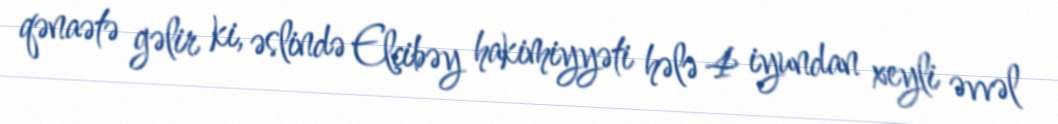
qənaətə gəlir ki, əslində Elçibəy hakimiyyəti hələ 4 iyundan xeyli əvvəl